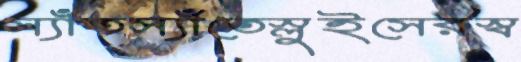
স্যাঁতস্যাঁতেস্লুইসেরস্ব